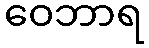
ဝေဘာရ